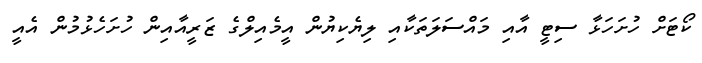
ކޯޓަށް ހުށަހަޅާ ސިޓީ އާއި މައްސަލަތަކާއި ލިޔެކިޔުން އީމެއިލްގެ ޒަރީއާއިން ހުށަހެޅުމުން އެއީ